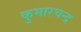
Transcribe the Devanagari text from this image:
कुमारचन्द्र